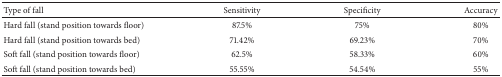
<table><thead><tr><td><b> Type of fall </b></td><td><b> Sensitivity</b></td><td><b> Specificity </b></td><td><b> Accuracy</b></td></tr></thead><tbody><tr><td> Hard fall (stand position towards floor)</td><td> 87.5% </td><td> 75% </td><td>80%</td></tr><tr><td> Hard fall (stand position towards bed)</td><td> 71.42%</td><td> 69.23% </td><td>70% </td></tr><tr><td> Soft fall (stand position towards floor)</td><td> 62.5% </td><td> 58.33% </td><td> 60%</td></tr><tr><td> Soft fall (stand position towards bed)</td><td> 55.55%</td><td> 54.54% </td><td> 55% </td></tr></tbody></table>